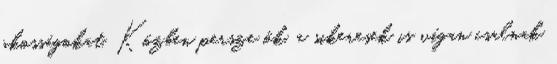
okosságokat. Közben persze ők, a sikeresek is vígan csalnak